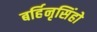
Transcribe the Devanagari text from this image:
बर्हिनृसिंहो